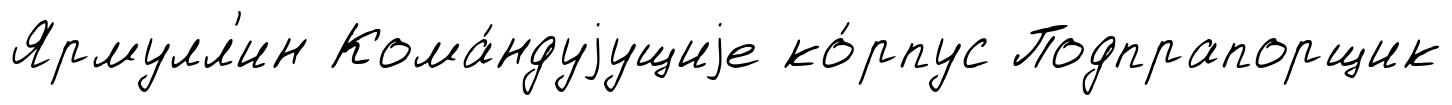
Ярмулл'ин Кома́ндуjущиjе ко́рпус Подпрапорщик